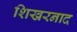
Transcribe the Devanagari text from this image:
शिखरनाद